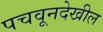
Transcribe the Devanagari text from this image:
पचवूनदेखील